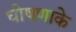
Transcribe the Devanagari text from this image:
घोषणाके